Report of the Bombay Veterinary College
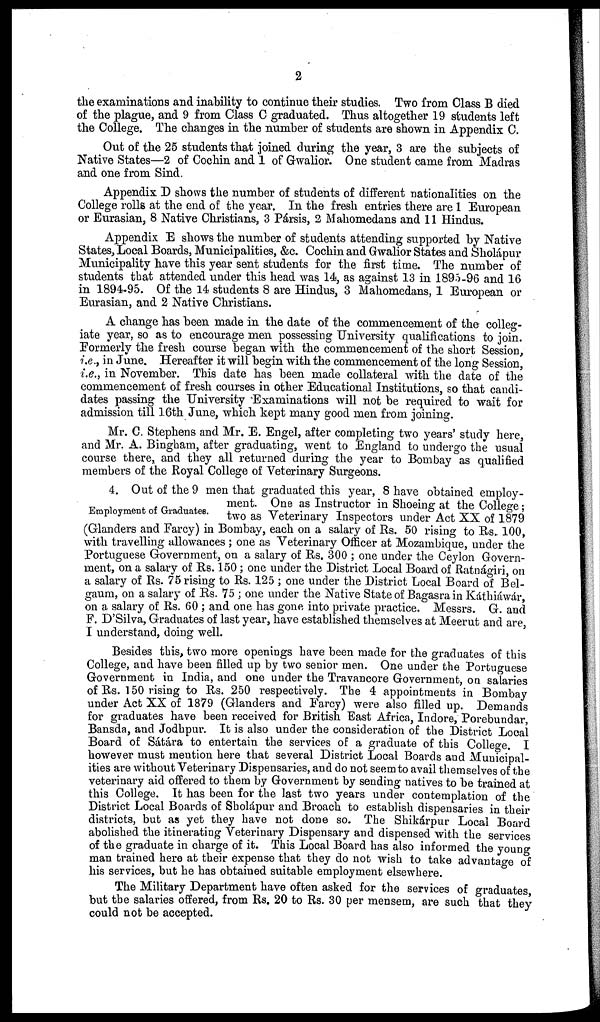
2
the examinations and inability to continue their studies. Two from Class B died
of the plague, and 9 from Class C graduated. Thus altogether 19 students left
the College. The changes in the number of students are shown in Appendix C.
Out of the 25 students that joined during the year, 3 are the subjects of
Native States—2 of Cochin and 1 of Gwalior. One student came from Madras
and one from Sind.
Appendix D shows the number of students of different nationalities on the
College rolls at the end of the year. In the fresh entries there are 1 European
or Eurasian, 8 Native Christians, 3 Pársis, 2 Mahomedans and 11 Hindus.
Appendix E shows the number of students attending supported by Native
States, Local Boards, Municipalities, &c. Cochin and Gwalior States and Sholápur
Municipality have this year sent students for the first time. The number of
students that attended under this head was 14, as against 13 in 1895-96 and 16
in 1894-95. Of the 14 students 8 are Hindus, 3 Mahomedans, 1 European or
Eurasian, and 2 Native Christians.
A change has been made in the date of the commencement of the colleg-
iate year, so as to encourage men possessing University qualifications to join.
Formerly the fresh course began with the commencement of the short Session,
i.e., in June. Hereafter it will begin with the commencement of the long Session,
i.e., in November. This date has been made collateral with the date of the
commencement of fresh courses in other Educational Institutions, so that candi-
dates passing the University Examinations will not be required to wait for
admission till 16th June, which kept many good men from joining.
Mr. C. Stephens and Mr. E. Engel, after completing two years' study here,
and Mr. A. Bingham, after graduating, went to England to undergo the usual
course there, and they all returned during the year to Bombay as qualified
members of the Royal College of Veterinary Surgeons.
Employment of Graduates.
4. Out of the 9 men that graduated this year, 8 have obtained employ-
ment. One as Instructor in Shoeing at the College ;
Inspectors under Act XX of 1879 (Glanders and Farcy) in Bombay, each
on a salary of Rs. 50 rising to Rs. 100, with travelling allowances ; one as
Veterinary Officer at Mozambique, under the. Portuguese Government, on
a salary of Rs. 300 ; one under the Ceylon Government, on a salary of
Rs. 150 ; one under the District Local Board of Ratnágiri, on a salary
of Rs. 75 rising to Rs. 125 ; one under the District Local Board of Bel-
gaum, on a salary of Rs. 75 ; one under the Native State of Bagasra in Káthiáwár,
on a salary of Rs. 60; and one has gone into private practice. Messrs. G. and
F. D'Silva, Graduates of last year, have established themselves at Meerut and are,
I understand, doing well.
Besides this, two more openings have been made for the graduates of this
College, and have been filled up by two senior men. One under the Portuguese
Government in India, and one under the Travancore Government, on salaries
of Rs. 150 rising to Rs. 250 respectively. The 4 appointments in Bombay
under Act XX of 1879 (Glanders and Farcy) were also filled up. Demands
for graduates have been received for British East Africa, Indore, Porebundar,
Bansda, and Jodhpur. It is also under the consideration of the District Local
Board of Sátára to entertain the services of a graduate of this College. I
however must mention here that several District Local Boards and Municipal-
ities are without Veterinary Dispensaries, and do not seem to avail themselves of the
veterinary aid offered to them by Government by sending natives to be trained at
this College. It has been for the last two years under contemplation of the
District Local Boards of Sholápur and Broach to establish dispensaries in their
districts, but as yet they have not done so. The Shikárpur Local Board
abolished the itinerating Veterinary Dispensary and dispensed with the services
of the graduate in charge of it. This Local Board has also informed the young
man trained here at their expense that they do not wish to take advantage of
his services, but he has obtained suitable employment elsewhere.
The Military Department have often asked for the services of graduates,
but the salaries offered, from Rs. 20 to Rs. 30 per mensem, are such that they
could not be accepted.